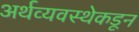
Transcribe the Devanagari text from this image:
अर्थव्यवस्थेकडून